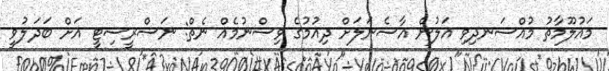
މައުލޫމާތު މުއްސަނދިވި އަލުން އާސެނަލަށް ދިއުމުގެ ވިސްނުމެއް ނެތް: ނަސްރީސިޓީ އަށް ބަދަލުވީ